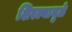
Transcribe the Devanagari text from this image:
शिरल्यामुळे